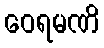
ဝေရမဏိ